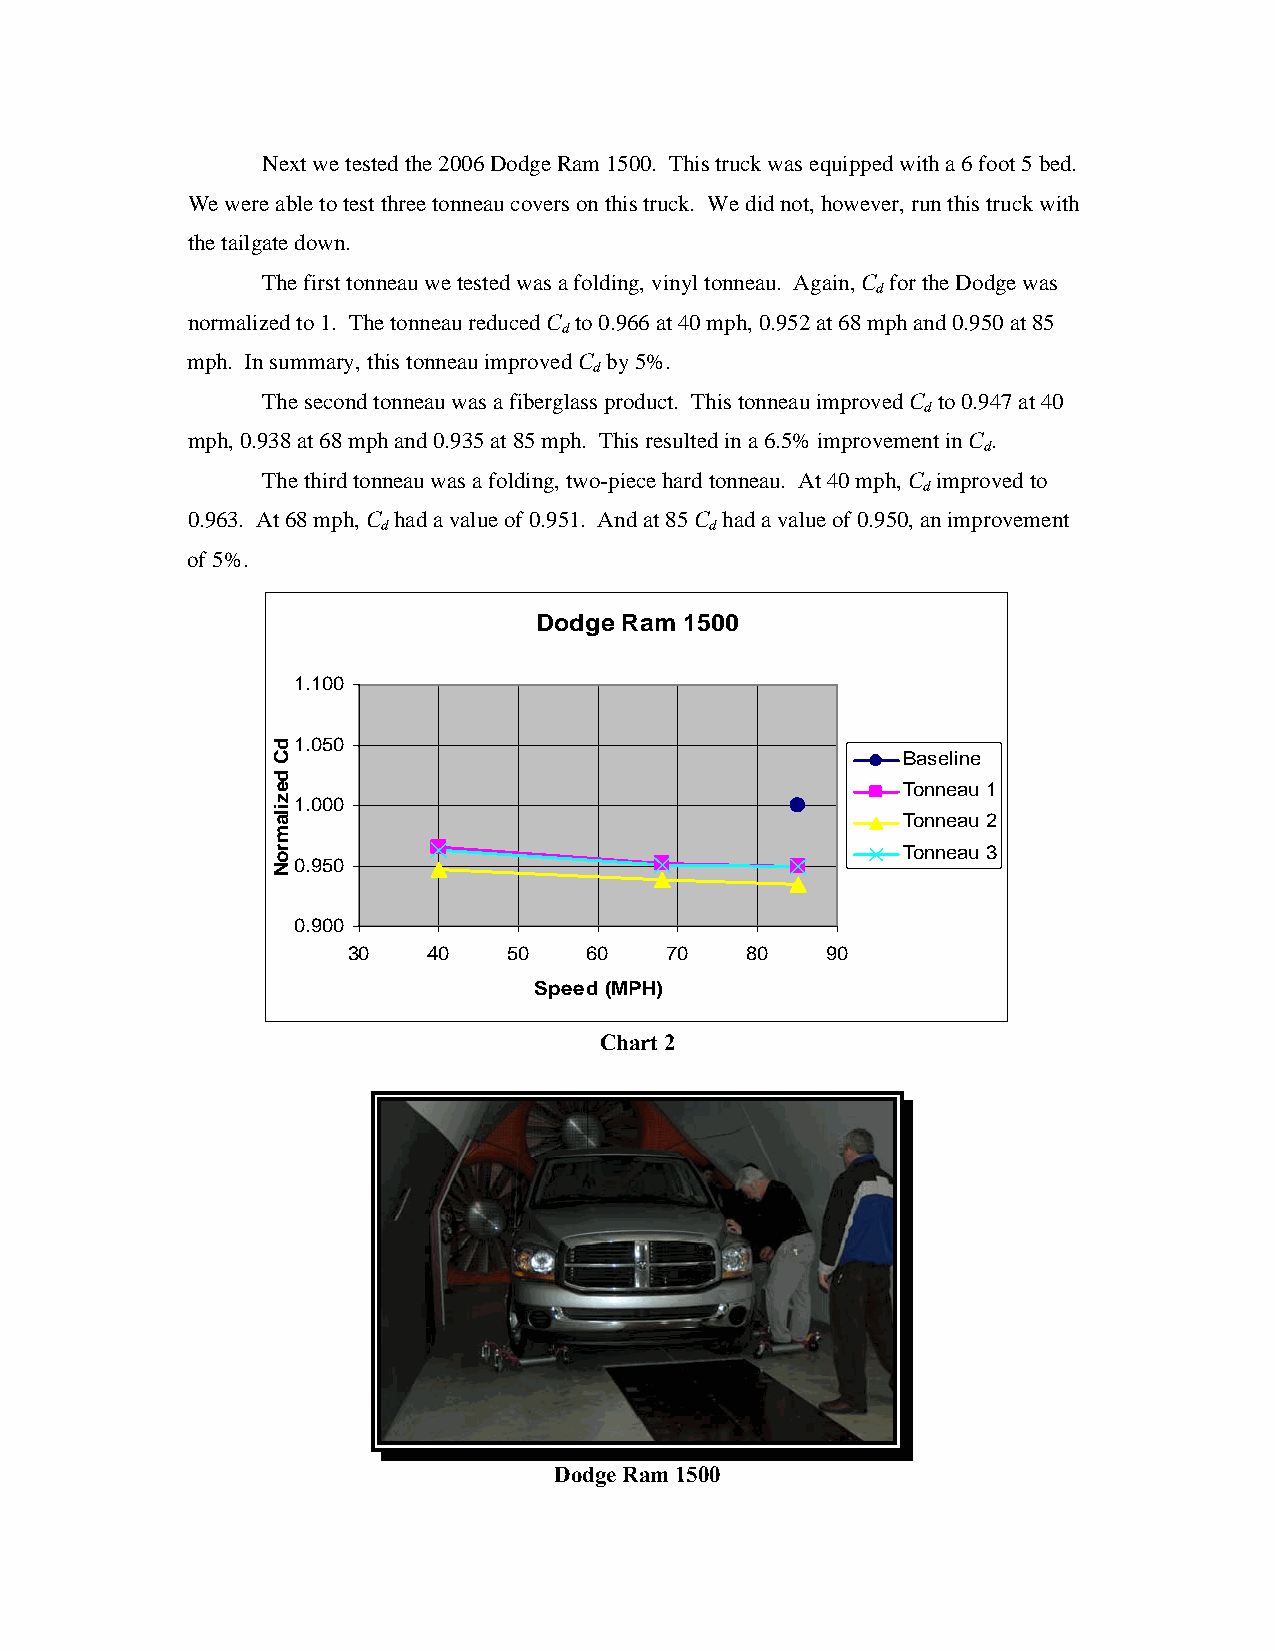
Next we tested the 2006 Dodge Ram 1500. This truck was equipped with a 6 foot 5 bed.
 We were able to test three tonneau covers on this truck. We did not, however, run this truck with
 the tailgate down.
 The first tonneau we tested was a folding, vinyl tonneau. Again, C for the Dodge was
 d
 normalized to 1. The tonneau reduced C to 0.966 at 40 mph, 0.952 at 68 mph and 0.950 at 85
 d
 mph. In summary, this tonneau improved C by 5%.
 d
 The second tonneau was a fiberglass product. This tonneau improved C to 0.947 at 40
 d
 mph, 0.938 at 68 mph and 0.935 at 85 mph. This resulted in a 6.5% improvement in C .
 d
 The third tonneau was a folding, two-piece hard tonneau. At 40 mph, C improved to
 d
 0.963. At 68 mph, C had a value of 0.951. And at 85 C had a value of 0.950, an improvement
 d                     d
 of 5%.
 Dodge Ram 1500
 1.100
 1.050
 Baseline
 Tonneau 1
 1.000
 Tonneau 2
 Tonneau 3
 0.950
 0.900
 30   40    50   60   70   80    90
 Speed (MPH)
 Chart 2
 Dodge Ram 1500
 dC
 dezilamroN